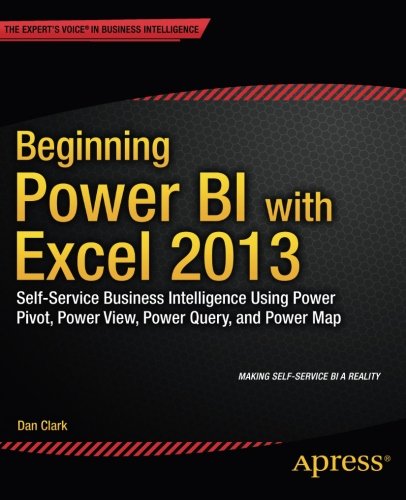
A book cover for Beginning Power BI with Excel 2013: Self-Service Business Intelligence Using Power Pivot, Power View, Power Query, and Power Map; Dan Clark; Computers & Technology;